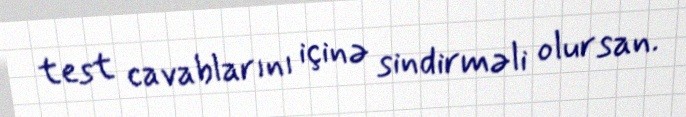
test cavablarını içinə sindirməli olursan.